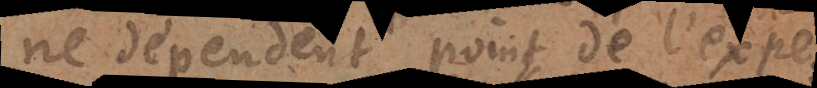
ne dépendent point de l’experience: